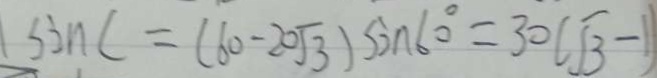
\sin C = ( 6 0 - 2 0 \sqrt { 3 } ) \sin 6 0 ^ { \circ } = 3 0 ( \sqrt { 3 } - 1 )